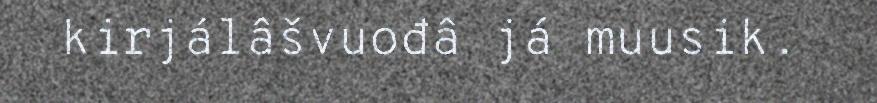
kirjálâšvuođâ já muusik.